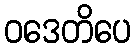
ဝဒေတိပေ